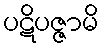
ပဋိပဇ္ဇာမိ